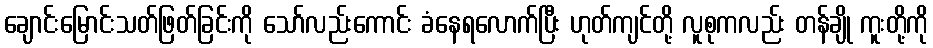
ချောင်းမြောင်းသတ်ဖြတ်ခြင်းကို သော်လည်းကောင်း ခံနေရလောက်ပြီး ဟုတ်ကျင်တို့ လူစုကလည်း တန်ချို ကူးတို့ကို